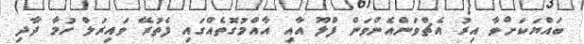
ބައްޔަކަށްވާ އިރު އެޗްވަންއެންވަން ފްލޫ އާއި އާއްމުގޮތެއްގައި ފެތުރޭ ވައިރަލް ހުމާ ދާދި